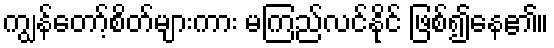
ကျွန်တော့်စိတ်များကား မကြည်လင်နိုင် ဖြစ်၍နေ၏။